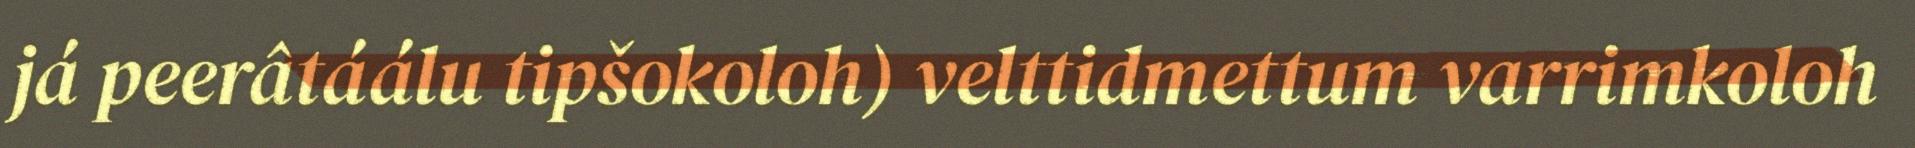
já peerâtáálu tipšokoloh) velttidmettum varrimkoloh